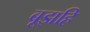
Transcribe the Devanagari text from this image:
बूझहि